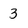
Character: 3